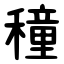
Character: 穜